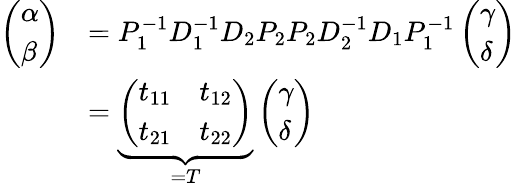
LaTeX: \begin{array}{rl}{\left(\begin{array}{l}{\alpha}\\ {\beta}\end{array}\right)}&{=P_{1}^{-1}D_{1}^{-1}D_{2}P_{2}P_{2}D_{2}^{-1}D_{1}P_{1}^{-1}\left(\begin{array}{l}{\gamma}\\ {\delta}\end{array}\right)}\\ &{=\underbrace{\left(\begin{array}{ll}{t_{11}}&{t_{12}}\\ {t_{21}}&{t_{22}}\end{array}\right)}_{=T}\left(\begin{array}{l}{\gamma}\\ {\delta}\end{array}\right)}\end{array}